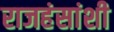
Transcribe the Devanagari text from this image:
राजहंसांशी